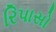
રિપાસો